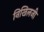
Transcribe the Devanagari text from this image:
निखिलजी